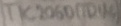
Text: TIC206D(TRIAC)